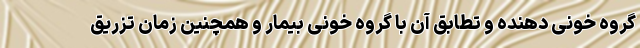
گروه خونی دهنده و تطابق آن با گروه خونی بیمار و همچنین زمان تزریق